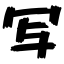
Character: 写